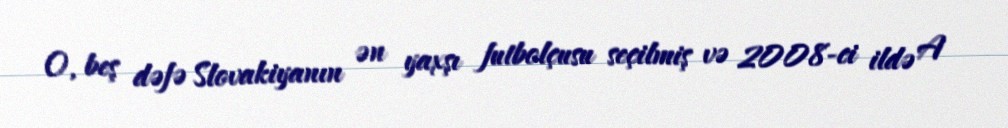
O, beş dəfə Slovakiyanın ən yaxşı futbolçusu seçilmiş və 2008-ci ildə A